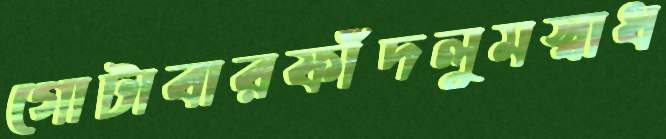
গোটাবারফাঁদলুমস্বাধ